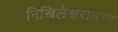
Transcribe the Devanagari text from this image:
निखिलेश्वरानन्द